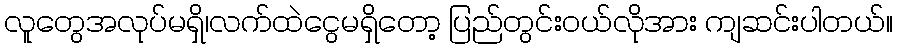
လူတွေအလုပ်မရှိ၊လက်ထဲငွေမရှိတော့ ပြည်တွင်းဝယ်လိုအား ကျဆင်းပါတယ်။